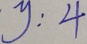
y : 4